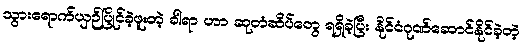
သွားရောက်ယှဉ်ပြိုင်ခဲ့ဖူးတဲ့ ခါရာ ဟာ ဆုတံဆိပ်တွေ ရရှိခဲ့ပြီး နိုင်ငံဂုဏ်ဆောင်နိုင်ခဲ့တဲ့